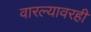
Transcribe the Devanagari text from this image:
वारल्यावरही